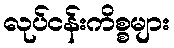
လုပ်ငန်းကိစ္စများ